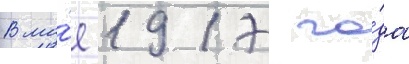
В ма́е 1917 го́да